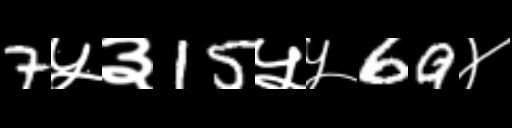
Text: 7५३15५५69४